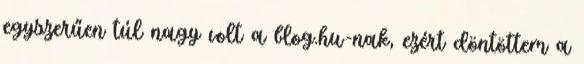
egyszerűen túl nagy volt a blog.hu-nak, ezért döntöttem a